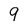
Character: 9